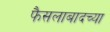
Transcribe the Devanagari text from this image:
फैसलाबादच्या